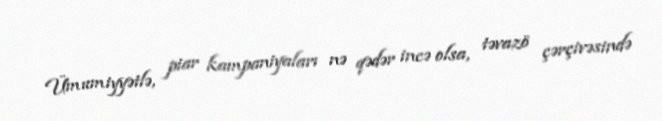
Ümumiyyətlə, piar kampaniyaları nə qədər incə olsa, təvazö çərçivəsində